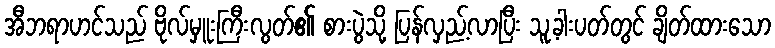
အီဘရာဟင်သည် ဗိုလ်မှူးကြီးလွတ်၏ စားပွဲသို့ ပြန်လှည့်လာပြီး သူ့ခါးပတ်တွင် ချိတ်ထားသော